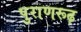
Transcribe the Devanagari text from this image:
पुराणरूढ़